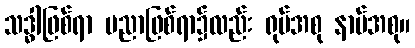
သဒ္ဓါဖြစ်ရာ ပညာဖြစ်ရာ၌လည်း ရုပ်အစု နာမ်အစု။